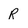
Character: R